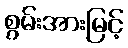
စွမ်းအားမြင့်